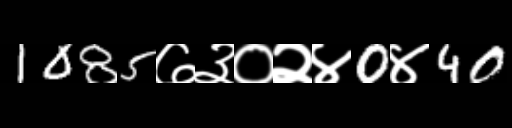
Text: 1085७३०२४0४40